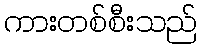
ကားတစ်စီးသည်